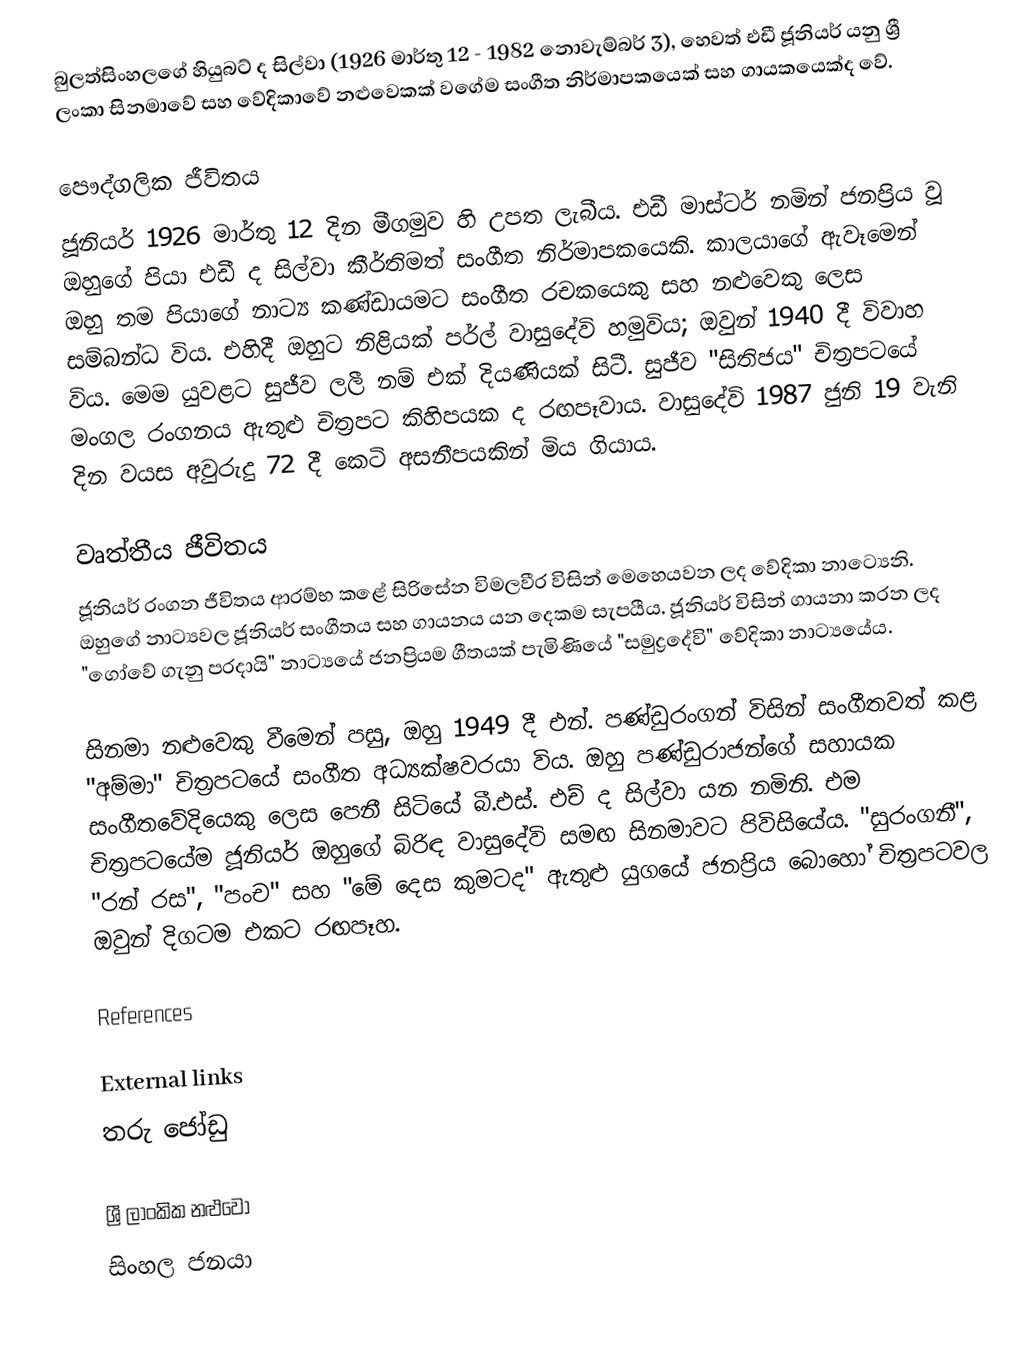
බුලත්සිංහලගේ හියුබට් ද සිල්වා (1926 මාර්තු 12 - 1982 නොවැම්බර් 3), හෙවත් එඩී ජූනියර් යනු ශ්‍රී ලංකා සිනමාවේ සහ වේදිකාවේ නළුවෙකක් වගේම සංගීත නිර්මාපකයෙක් සහ ගායකයෙක්ද වේ.

පෞද්ගලික ජීවිතය
ජූනියර් 1926 මාර්තු 12 දින මීගමුව හි උපත ලැබීය. එඩී මාස්ටර් නමින් ජනප්‍රිය වූ ඔහුගේ පියා එඩී ද සිල්වා කීර්තිමත් සංගීත නිර්මාපකයෙකි. කාලයාගේ ඇවෑමෙන් ඔහු තම පියාගේ නාට්‍ය කණ්ඩායමට සංගීත රචකයෙකු සහ නළුවෙකු ලෙස සම්බන්ධ විය. එහිදී ඔහුට නිළියක් පර්ල් වාසුදේවි හමුවිය; ඔවුන් 1940 දී විවාහ විය. මෙම යුවළට සුජීව ලලී නම් එක් දියණියක් සිටී. සුජීව "සිතිජය" චිත්‍රපටයේ මංගල රංගනය ඇතුළු චිත්‍රපට කිහිපයක ද රඟපෑවාය. වාසුදේවි 1987 ජුනි 19 වැනි දින වයස අවුරුදු 72 දී කෙටි අසනීපයකින් මිය ගියාය.

වෘත්තීය ජීවිතය
ජූනියර් රංගන ජීවිතය ආරම්භ කළේ සිරිසේන විමලවීර විසින් මෙහෙයවන ලද වේදිකා නාට්‍යෙනි. ඔහුගේ නාට්‍යවල ජූනියර් සංගීතය සහ ගායනය යන දෙකම සැපයීය. ජූනියර් විසින් ගායනා කරන ලද "ගෝවේ ගැනු පරදායි" නාට්‍යයේ ජනප්‍රියම ගීතයක් පැමිණියේ "සමුද්‍රදේවි" වේදිකා නාට්‍යයේය.

සිනමා නළුවෙකු වීමෙන් පසු, ඔහු 1949 දී එන්. පණ්ඩුරංගන් විසින් සංගීතවත් කළ "අම්මා" චිත්‍රපටයේ සංගීත අධ්‍යක්ෂවරයා විය. ඔහු පණ්ඩුරාජන්ගේ සහායක සංගීතවේදියෙකු ලෙස පෙනී සිටියේ බී.එස්. එච් ද සිල්වා යන නමිනි. එම චිත්‍රපටයේම ජූනියර් ඔහුගේ බිරිඳ වාසුදේවි සමඟ සිනමාවට පිවිසියේය. "සුරංගනී", "රන් රස", "පංච" සහ "මේ දෙස කුමටද" ඇතුළු යුගයේ ජනප්‍රිය බොහෝ චිත්‍රපටවල ඔවුන් දිගටම එකට රඟපෑහ.

References

External links
 තරු ජෝඩු

ශ්‍රී ලාංකික නළුවෝ
සිංහල ජනයා